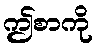
ဤစာကို